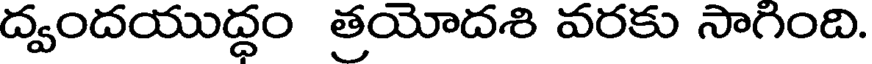
ద్వందయుద్ధం త్రయోదశి వరకు సాగింది.